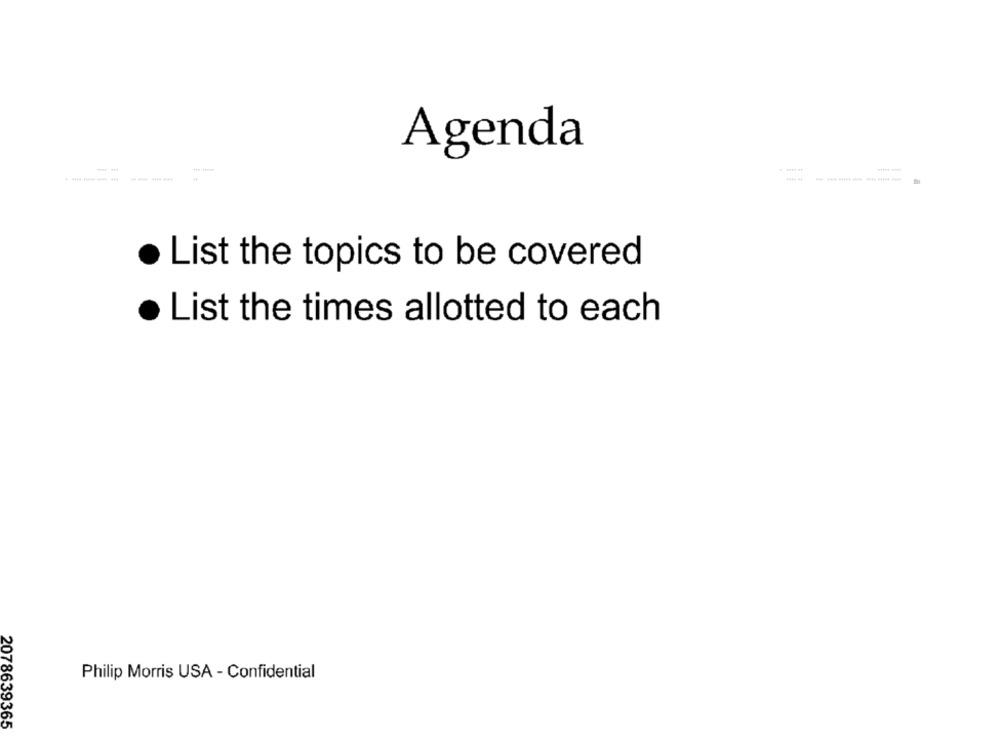
Agenda
. List the topics to be covered
List the times allotted to each
Philip Morris USA - Confidential
2078639365